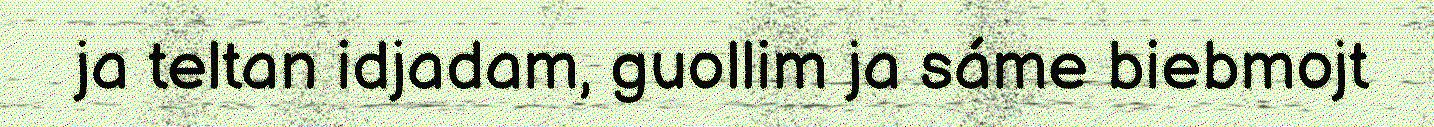
ja teltan idjadam, guollim ja sáme biebmojt